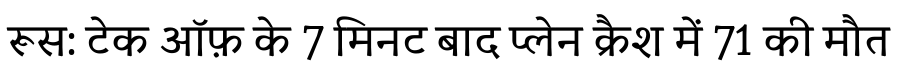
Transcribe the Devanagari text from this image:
रूस: टेक ऑफ़ के 7 मिनट बाद प्लेन क्रैश में 71 की मौत